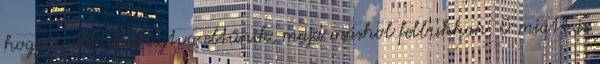
hogy tollát hullajtva eltűnik, majd máshol felbukkan. E-miatt is